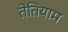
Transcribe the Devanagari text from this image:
तेतियाम